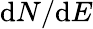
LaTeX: \mathrm dN/\mathrm dE